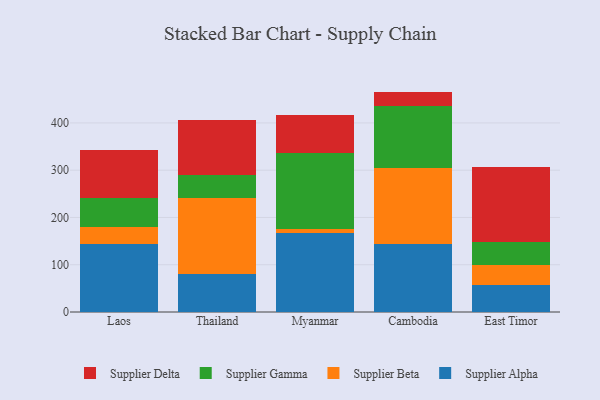
{"axis": {"x": "Country", "y": "Website Visitors"}, "legend": ["Supplier Alpha", "Supplier Beta", "Supplier Delta", "Supplier Gamma"], "data": [{"x": "Laos", "y": 143.1, "type": "Supplier Alpha"}, {"x": "Laos", "y": 37.0, "type": "Supplier Beta"}, {"x": "Laos", "y": 61.1, "type": "Supplier Gamma"}, {"x": "Laos", "y": 102.1, "type": "Supplier Delta"}, {"x": "Thailand", "y": 79.5, "type": "Supplier Alpha"}, {"x": "Thailand", "y": 161.9, "type": "Supplier Beta"}, {"x": "Thailand", "y": 48.6, "type": "Supplier Gamma"}, {"x": "Thailand", "y": 117.2, "type": "Supplier Delta"}, {"x": "Myanmar", "y": 167.6, "type": "Supplier Alpha"}, {"x": "Myanmar", "y": 8.8, "type": "Supplier Beta"}, {"x": "Myanmar", "y": 160.8, "type": "Supplier Gamma"}, {"x": "Myanmar", "y": 80.1, "type": "Supplier Delta"}, {"x": "Cambodia", "y": 144.6, "type": "Supplier Alpha"}, {"x": "Cambodia", "y": 159.5, "type": "Supplier Beta"}, {"x": "Cambodia", "y": 131.4, "type": "Supplier Gamma"}, {"x": "Cambodia", "y": 30.8, "type": "Supplier Delta"}, {"x": "East Timor", "y": 57.1, "type": "Supplier Alpha"}, {"x": "East Timor", "y": 42.6, "type": "Supplier Beta"}, {"x": "East Timor", "y": 48.8, "type": "Supplier Gamma"}, {"x": "East Timor", "y": 157.3, "type": "Supplier Delta"}]}